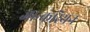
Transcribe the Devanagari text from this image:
जान्करियन